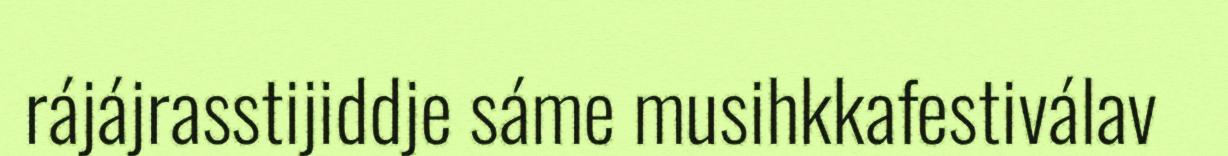
rájájrasstijiddje sáme musihkkafestiválav